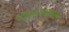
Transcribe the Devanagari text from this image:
आपणासामान